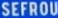
SEFROU